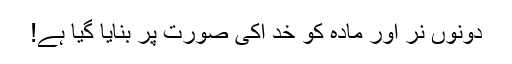
دونوں نر اور مادہ کو خُد اکی صورت پر بنایا گیا ہے!